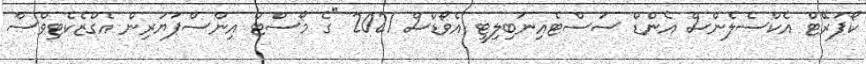
ކޯޕަރޭޓް އެކްސެލެންސް އެންޑް ސަސްޓެއިނަބިލިޓީ އެވޯޑްސް 2021 "ގެ މޯސްޓް އިންސްޕަޔަރިން އެގްޒެކެޓިވްސް